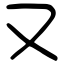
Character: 又